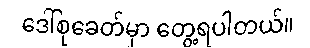
ဒေါ်စုခေတ်မှာ တွေ့ရပါတယ်။